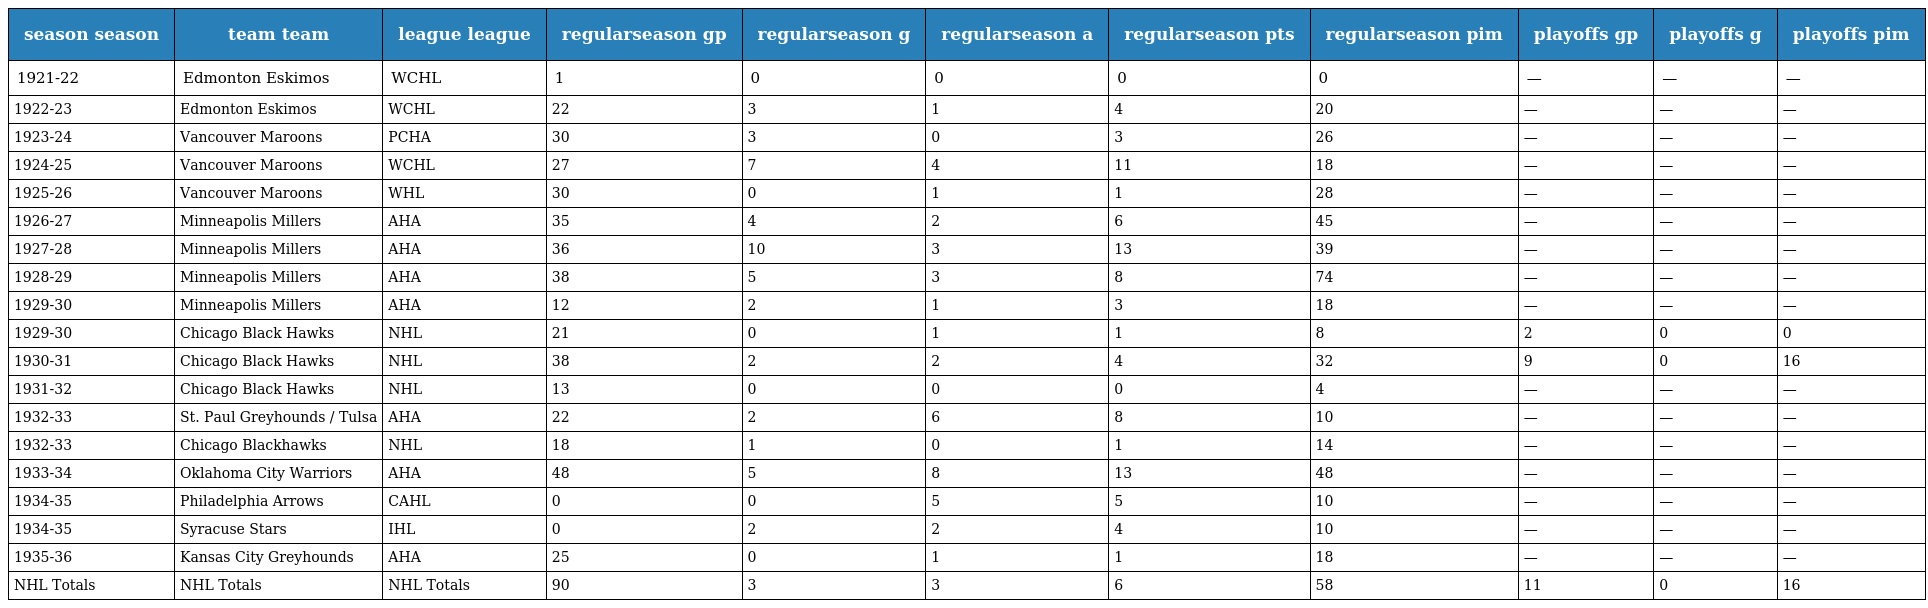
| season season | team team | league league | regularseason gp | regularseason g | regularseason a | regularseason pts | regularseason pim | playoffs gp | playoffs g | playoffs pim |
 | --- | --- | --- | --- | --- | --- | --- | --- | --- | --- | --- |
 | 1921-22 | Edmonton Eskimos | WCHL | 1 | 0 | 0 | 0 | 0 | — | — | — |
 | 1922-23 | Edmonton Eskimos | WCHL | 22 | 3 | 1 | 4 | 20 | — | — | — |
 | 1923-24 | Vancouver Maroons | PCHA | 30 | 3 | 0 | 3 | 26 | — | — | — |
 | 1924-25 | Vancouver Maroons | WCHL | 27 | 7 | 4 | 11 | 18 | — | — | — |
 | 1925-26 | Vancouver Maroons | WHL | 30 | 0 | 1 | 1 | 28 | — | — | — |
 | 1926-27 | Minneapolis Millers | AHA | 35 | 4 | 2 | 6 | 45 | — | — | — |
 | 1927-28 | Minneapolis Millers | AHA | 36 | 10 | 3 | 13 | 39 | — | — | — |
 | 1928-29 | Minneapolis Millers | AHA | 38 | 5 | 3 | 8 | 74 | — | — | — |
 | 1929-30 | Minneapolis Millers | AHA | 12 | 2 | 1 | 3 | 18 | — | — | — |
 | 1929-30 | Chicago Black Hawks | NHL | 21 | 0 | 1 | 1 | 8 | 2 | 0 | 0 |
 | 1930-31 | Chicago Black Hawks | NHL | 38 | 2 | 2 | 4 | 32 | 9 | 0 | 16 |
 | 1931-32 | Chicago Black Hawks | NHL | 13 | 0 | 0 | 0 | 4 | — | — | — |
 | 1932-33 | St. Paul Greyhounds / Tulsa | AHA | 22 | 2 | 6 | 8 | 10 | — | — | — |
 | 1932-33 | Chicago Blackhawks | NHL | 18 | 1 | 0 | 1 | 14 | — | — | — |
 | 1933-34 | Oklahoma City Warriors | AHA | 48 | 5 | 8 | 13 | 48 | — | — | — |
 | 1934-35 | Philadelphia Arrows | CAHL | 0 | 0 | 5 | 5 | 10 | — | — | — |
 | 1934-35 | Syracuse Stars | IHL | 0 | 2 | 2 | 4 | 10 | — | — | — |
 | 1935-36 | Kansas City Greyhounds | AHA | 25 | 0 | 1 | 1 | 18 | — | — | — |
 | NHL Totals | NHL Totals | NHL Totals | 90 | 3 | 3 | 6 | 58 | 11 | 0 | 16 |